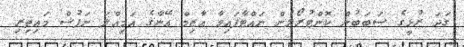
ގަދަ ރުޅީގެ ސަބަބުން ކޮންޓުރޯލުން ނައްޓާފައިވާ އާޒިމް އޭނާގެ އަމިއްލަ ނަފުސް މައިތިރި